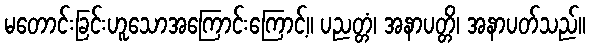
မတောင်းခြင်းဟူသောအကြောင်းကြောင့်။ ပညတ္တံ၊ အနာပတ္တိ၊ အနာပတ်သည်။